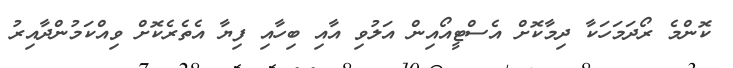
ކޮންމެ ރޯދަމަހަކާ ދިމާކޮށް އެސްޓީއޯއިން އަލުވި އާއި ބިހާއި ފިޔާ އެތެރެކޮށް ވިއްކަމުންދާއިރު